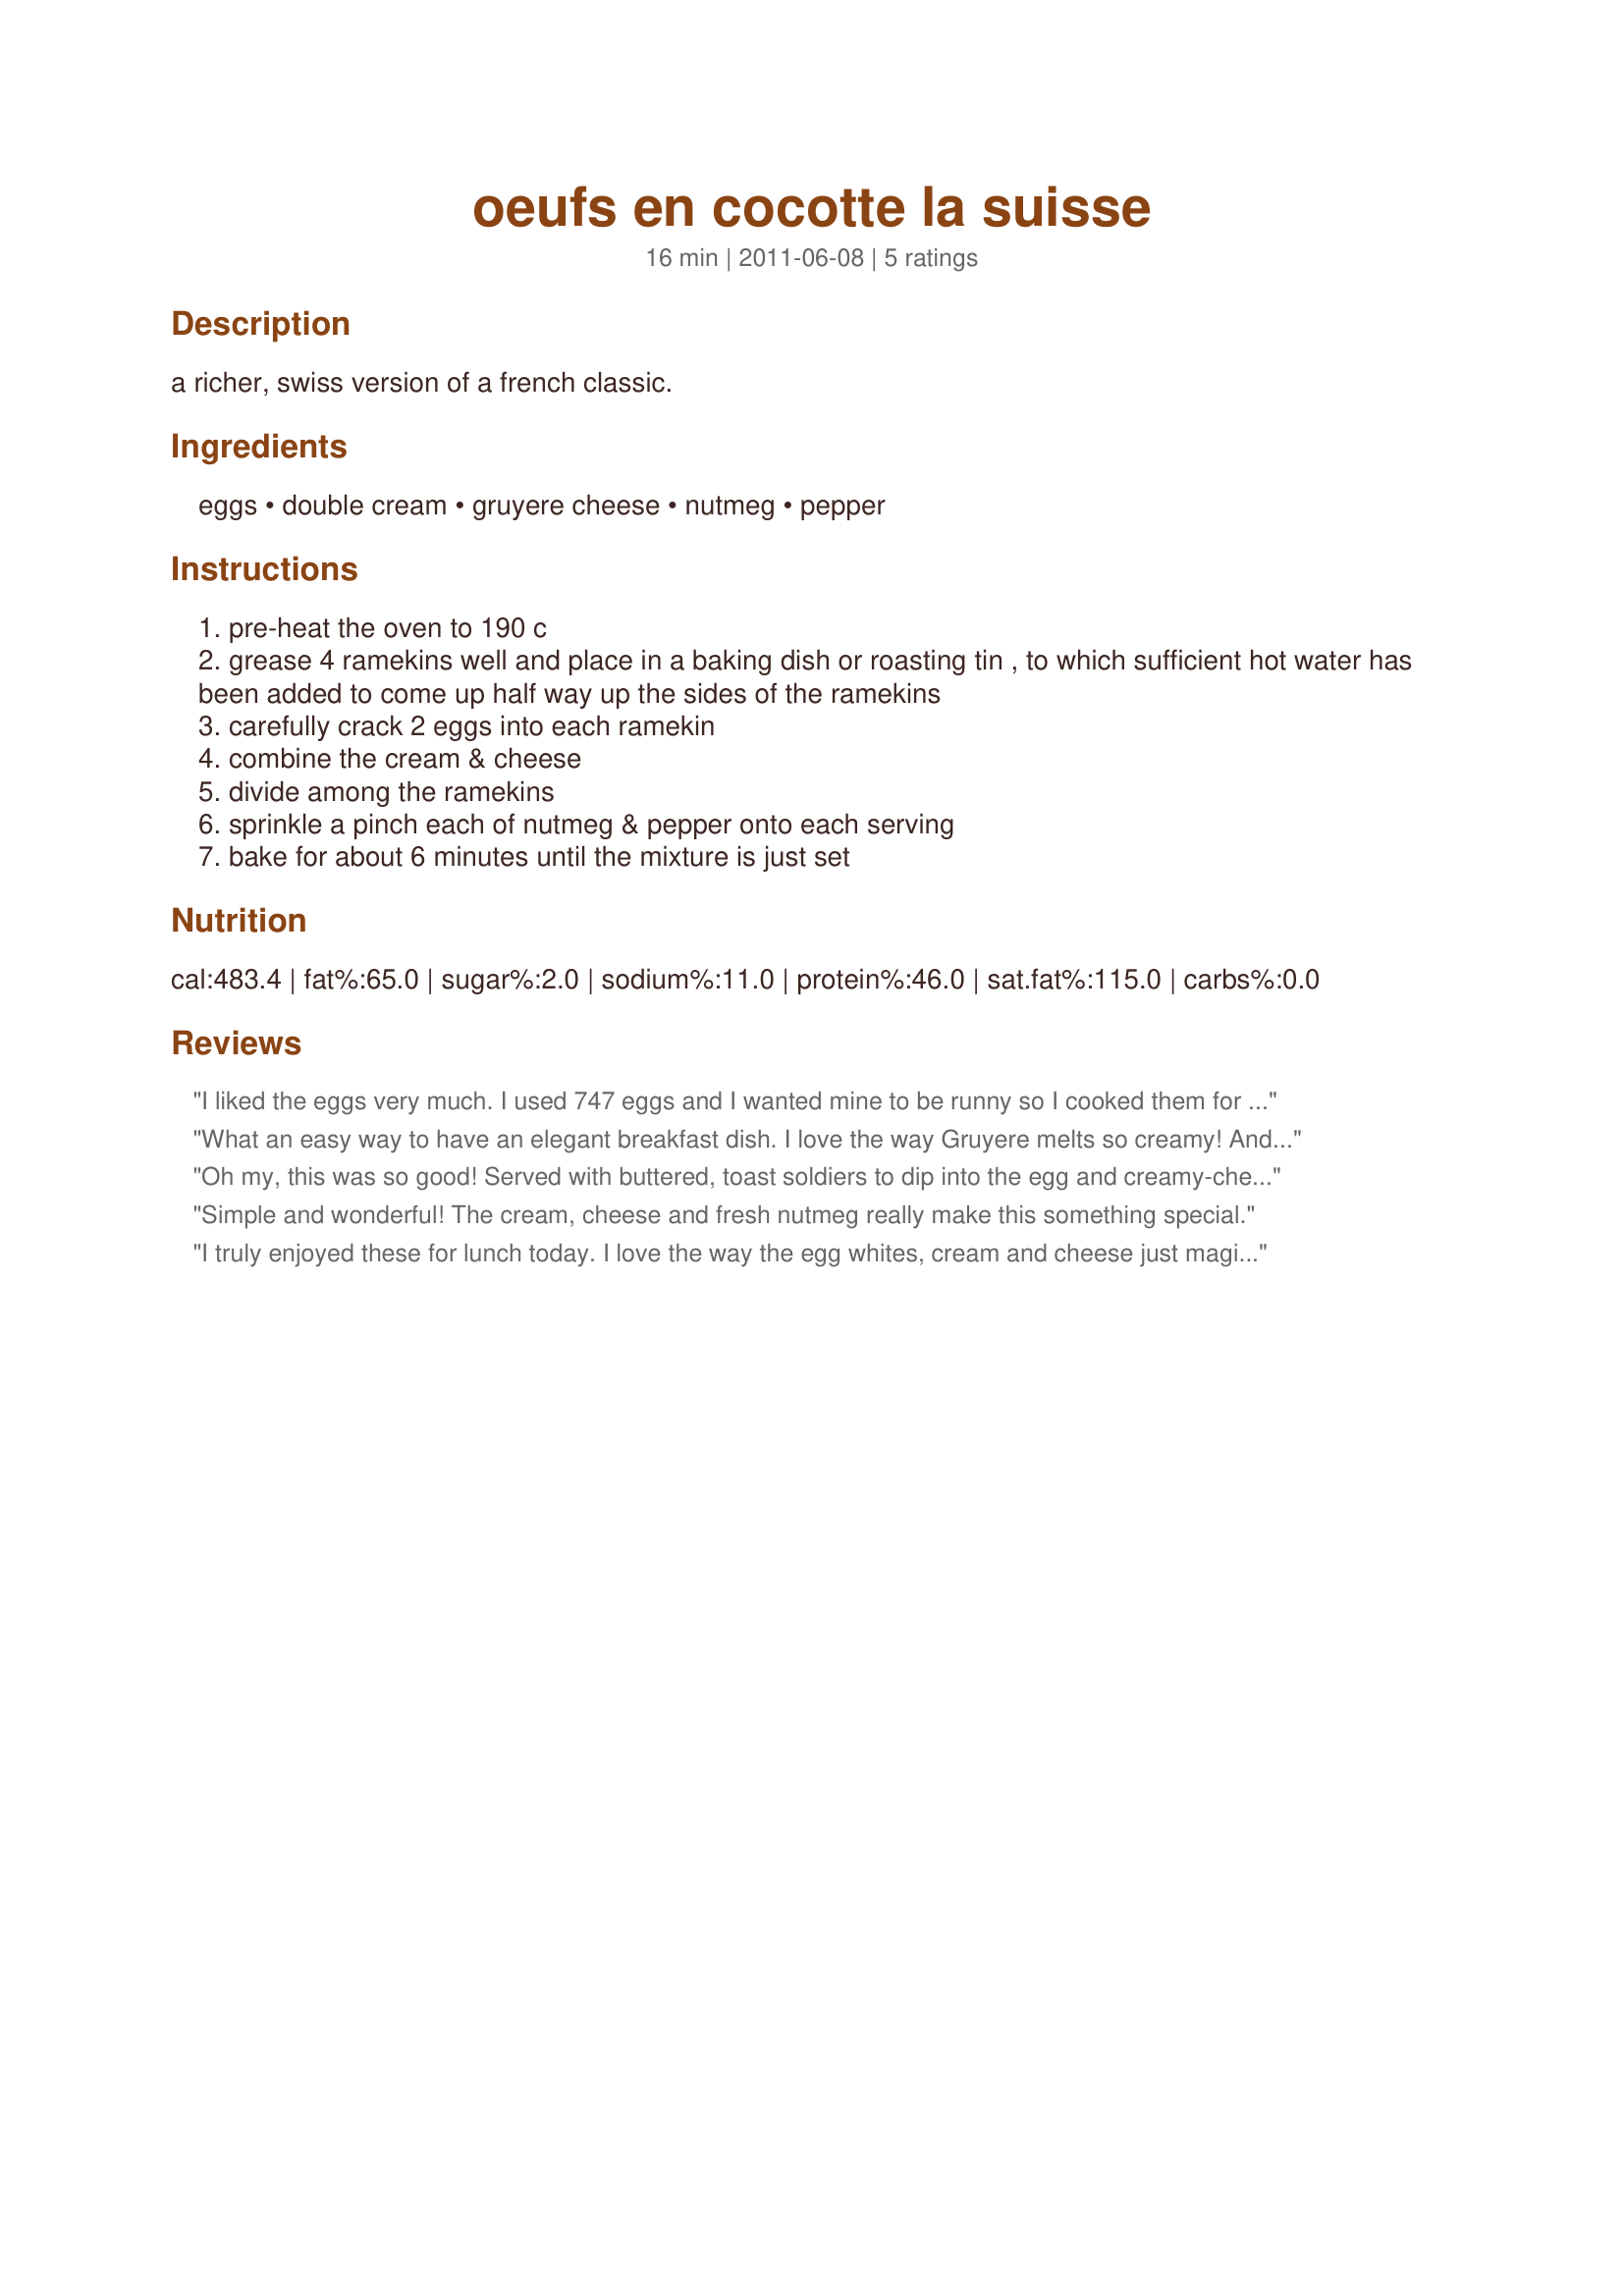
oeufs en cocotte la suisse
Preparation time: 16 minutes

a richer, swiss version of a french classic.

Ingredients:
eggs, double cream, gruyere cheese, nutmeg, pepper

Steps:
pre-heat the oven to 190 c
grease 4 ramekins well and place in a baking dish or roasting tin , to which sufficient hot water has been added to come up half way up the sides of the ramekins
carefully crack 2 eggs into each ramekin
combine the cream & cheese
divide among the ramekins
sprinkle a pinch each of nutmeg & pepper onto each serving
bake for about 6 minutes until the mixture is just set

Reviews:
I liked the eggs very much. I used 747 eggs and I wanted mine to be runny so I cooked them for about 10 minutes. The texture was perfect, loved the gruyere cheese in the dish. I freshly ground my nutmeg, but found it a little over powering. Next time I would omit it. Thanks for sharing another lovely recipe.
What an easy way to have an elegant breakfast dish. I love the way Gruyere melts so creamy! And the nutmeg is a really nice touch. Served with a Swiss braided bread from a local bakery. Made for ZWT 7.
Oh my, this was so good! Served with buttered, toast soldiers to dip into the egg and creamy-cheese mixture.
Simple and wonderful! The cream, cheese and fresh nutmeg really make this something special.
I truly enjoyed these for lunch today. I love the way the egg whites, cream and cheese just magically blend together. I had to cook them for a total of 21 minutes (a few less and my yolks would have still been runny. At 6 and 12 minutes it was not set all all. Now I only made 1 ramekin. My oven is true to temp. Next time I will start with boiling water around the eggs. I wonder if having the ramekin inside a silicone bread pan kept the heat from getting to the ramekin. I will experiment.
